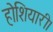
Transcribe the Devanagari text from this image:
होशियारी।